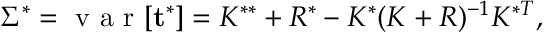
\Sigma ^ { * } = \mathrm { ~ v ~ a ~ r ~ } [ \mathbf { t ^ { * } } ] = K ^ { * * } + R ^ { * } - K ^ { * } ( K + R ) ^ { - 1 } K ^ { * T } ,